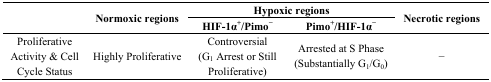
| <ROWSPAN=3>  | <ROWSPAN=3> Normoxic regions | <COLSPAN=2> Hypoxic regions | <ROWSPAN=3> Necrotic regions |
 | HIF-1α+/Pimo− | Pimo+/HIF-1α− |
 | --- | --- | --- | --- | --- |
 | Proliferative Activity & Cell Cycle Status | Highly Proliferative | Controversial (G1 Arrest or Still Proliferative) | Arrested at S Phase (Substantially G1/G0) | − |